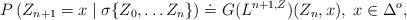
LaTeX: \begin{align*}P\left(Z_{n+1}=x \mid \sigma\{Z_0, \ldots Z_n\}\right) \doteq G(L^{n+1,Z})(Z_n,x), \; x \in \Delta^o,\end{align*}